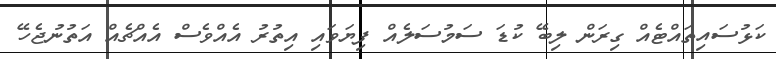
ކަޅުސައިތައްޓެއް ގިރަން ލިބޭ ކުޑަ ސަމުސަލެއް ފިޔަވައި އިތުރު އެއްވެސް އެއްޗެއް އަތުނުޖެހޭ